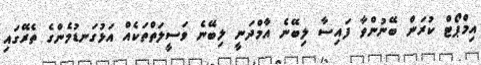
އިމްޕޯޓް ކުރަން ބޭނުންވާ ފައިސާ ލިބޭނެ އާމްދަނީ ލިބޭނެ ވަސީލަތްތަކެއް އަޅުގަނޑުމެންގެ ތެރޭގައި